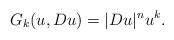
LaTeX: \begin{align*}G_k(u,D u) = |D u|^n u^k.\end{align*}